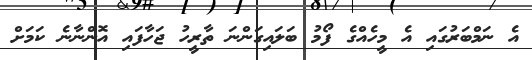
އެ ނަމްބަރުގައި އެ މީހެއްގެ ފޯމު ބަލައިގަންނަ ތާރީހު ޖަހާފައި އޮންނާނެ ކަމަށް